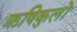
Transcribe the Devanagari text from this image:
ऋषिकुलों